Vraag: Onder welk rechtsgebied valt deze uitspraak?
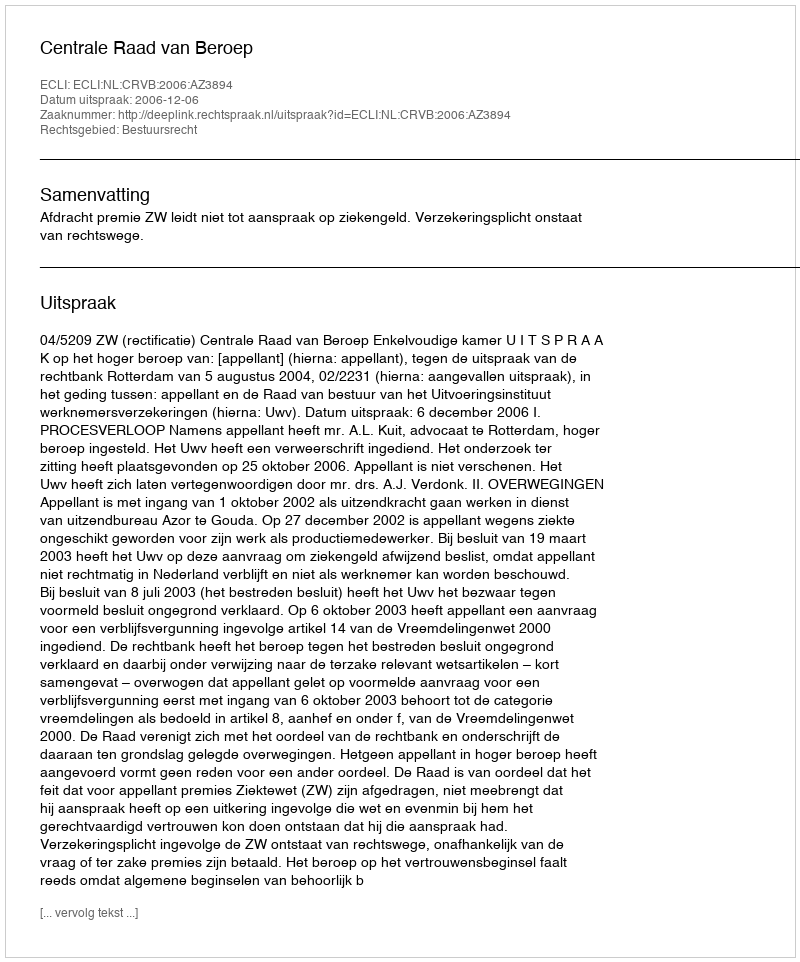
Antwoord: Bestuursrecht